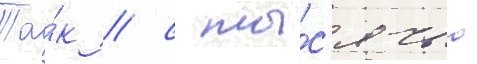
Та́к / с ты́с'ячью